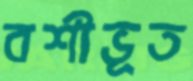
বশীভূত